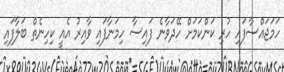
ހަމަޖައްސާފައި ހުރި ކަންކަމަށް ހޭދަވާނެ ފައިސާ ހިމަނާފައި ވާއިރު އެއީ ކިހިނެތް ބަލާފައި